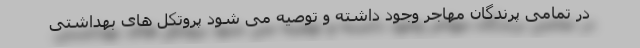
در تمامی پرندگان مهاجر وجود داشته و توصیه می شود پروتکل های بهداشتی